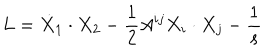
LaTeX: L = \dot { X } _ { 1 } \cdot X _ { 2 } - \frac { 1 } { 2 } A ^ { i j } X _ { i } \cdot X _ { j } - \frac { 1 } { s }